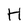
Character: H